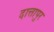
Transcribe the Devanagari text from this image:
दात्तापुर